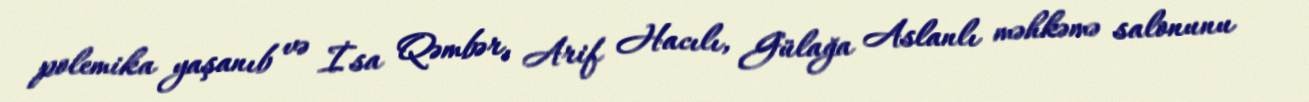
polemika yaşanıb və İsa Qəmbər, Arif Hacılı, Gülağa Aslanlı məhkəmə salonunu